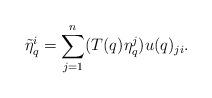
LaTeX: \begin{align*}\tilde{\eta}_q^i=\sum_{j=1}^n (T(q)\eta_q^j)u(q)_{ji}.\end{align*}